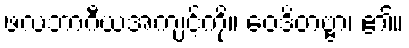
ဖလဘာဂီယအကျင့်ကို။ ဝေဒိတဗ္ဗာ၊ ၏။